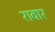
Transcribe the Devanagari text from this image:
रावार